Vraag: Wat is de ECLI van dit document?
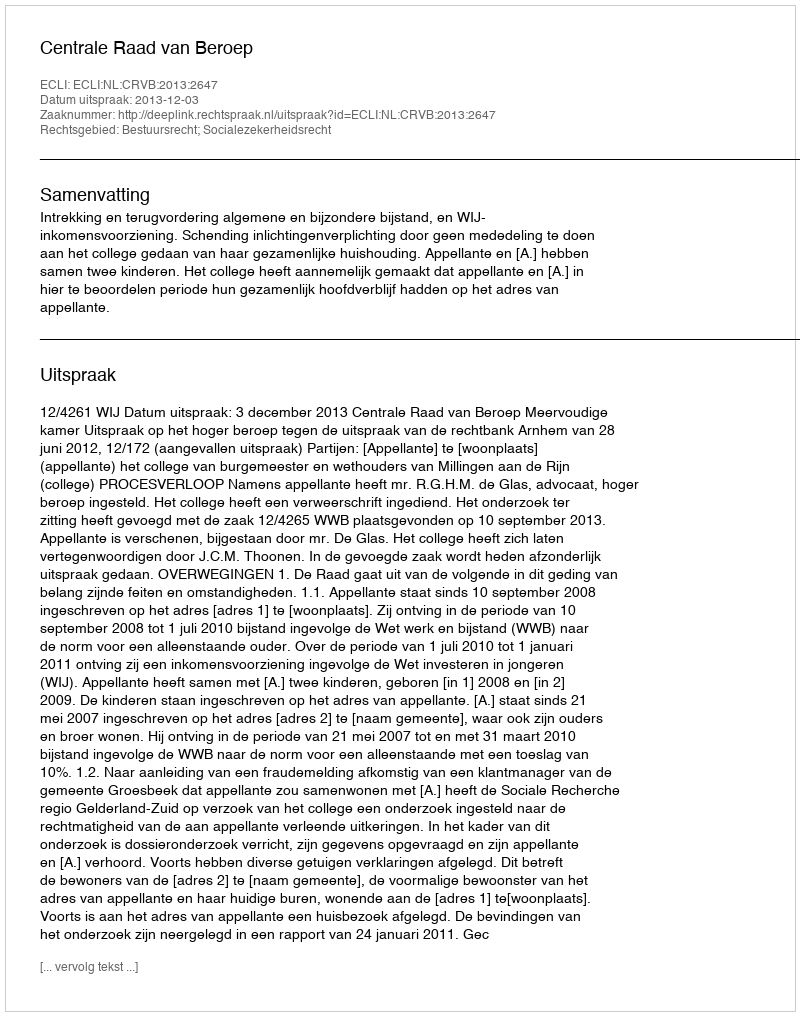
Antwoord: ECLI:NL:CRVB:2013:2647